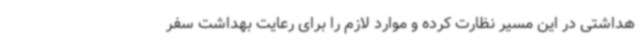
هداشتی در این مسیر نظارت کرده و موارد لازم را برای رعایت بهداشت سفر